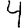
Digit: 4